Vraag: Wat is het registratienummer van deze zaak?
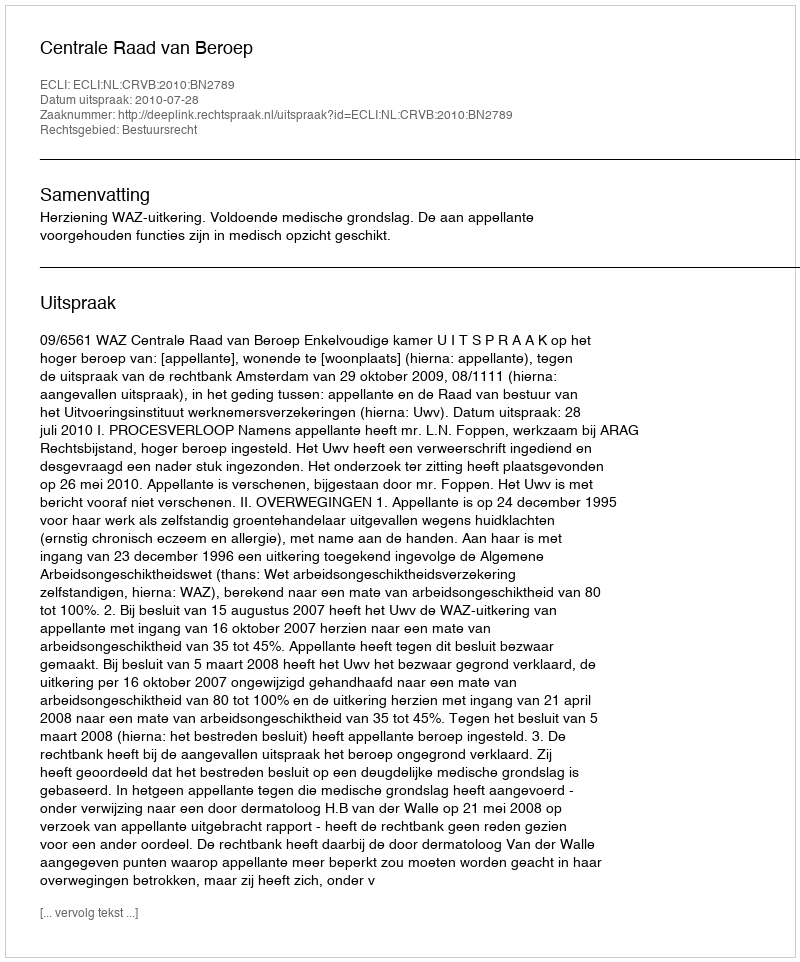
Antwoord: http://deeplink.rechtspraak.nl/uitspraak?id=ECLI:NL:CRVB:2010:BN2789